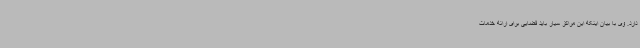
دارد. وی با بیان اینکه این مراکز سیار باید فضایی برای ارائه خدمات